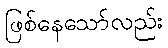
ဖြစ်နေသော်လည်း